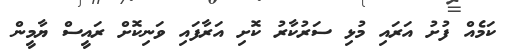
ކަމެއް ފުށު އަރައި މުޅި ސަރުކާރު ކޮށި އަރާފައި ވަނިކޮށް ރައީސް ޔާމީން